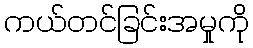
ကယ်တင်ခြင်းအမှုကို